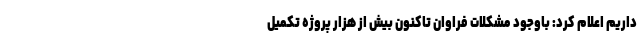
داریم اعلام کرد: باوجود مشکلات فراوان تاکنون بیش از هزار پروژه تکمیل